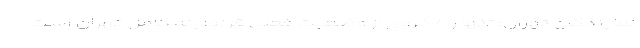
نمایندگان تهران: تنها راه خروج از وضعیت فعلی قرنطینه کامل تهران است